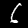
Digit: 6